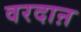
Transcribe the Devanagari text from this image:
वरदाऩ